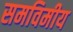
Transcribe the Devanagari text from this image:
समविमीय